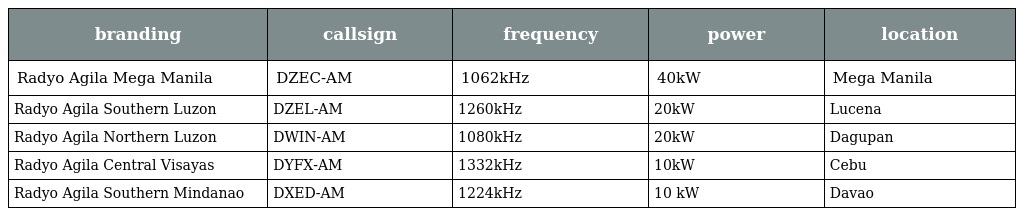
| branding | callsign | frequency | power | location |
 | --- | --- | --- | --- | --- |
 | Radyo Agila Mega Manila | DZEC-AM | 1062kHz | 40kW | Mega Manila |
 | Radyo Agila Southern Luzon | DZEL-AM | 1260kHz | 20kW | Lucena |
 | Radyo Agila Northern Luzon | DWIN-AM | 1080kHz | 20kW | Dagupan |
 | Radyo Agila Central Visayas | DYFX-AM | 1332kHz | 10kW | Cebu |
 | Radyo Agila Southern Mindanao | DXED-AM | 1224kHz | 10 kW | Davao |